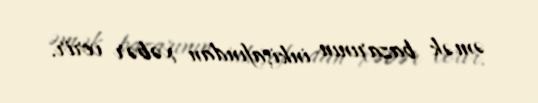
əmək bazarının inkişafından xəbər verir.